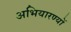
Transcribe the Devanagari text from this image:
अभियारण्यों